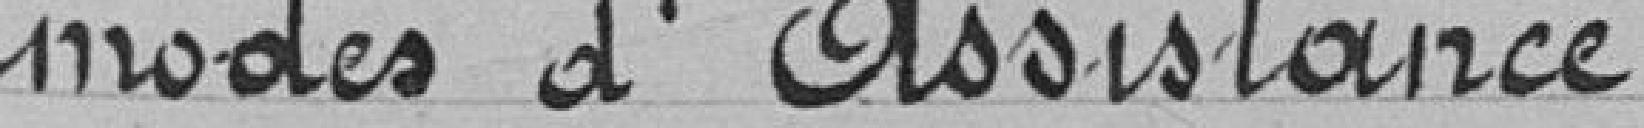
modes d'assistance